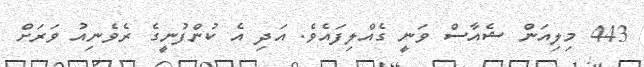
443 މިލިއަން ޝެއާސް ވަނީ ގެއްލިފައެވެ. އަދި އެ ކުންފުނީގެ ރެވެނިއު ވަރަށް